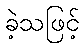
ခဲ့သဖြင့်